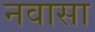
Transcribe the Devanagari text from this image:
नवासा